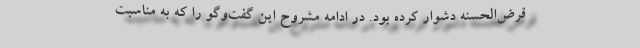
قرض‌الحسنه دشوار کرده بود. در ادامه مشروح این گفت‌وگو را که به مناسبت